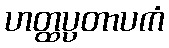
ဟတ္ထပ္ပတာပကံ